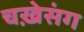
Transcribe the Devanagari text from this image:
चख़ेसंग